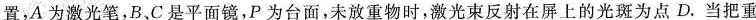
置，A为激光笔，B、C是平面镜，P为台面，未放重物时，激光束反射在屏上的光斑为点D.当把重